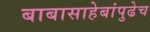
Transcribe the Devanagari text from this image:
बाबासाहेबांपुढेच